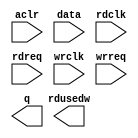
module Sdram_WR_FIFO (
	aclr,
	data,
	rdclk,
	rdreq,
	wrclk,
	wrreq,
	q,
	rdusedw);

	input	  aclr;
	input	[31:0]  data;
	input	  rdclk;
	input	  rdreq;
	input	  wrclk;
	input	  wrreq;
	output	[31:0]  q;
	output	[9:0]  rdusedw;
`ifndef ALTERA_RESERVED_QIS
// synopsys translate_off
`endif
	tri0	  aclr;
`ifndef ALTERA_RESERVED_QIS
// synopsys translate_on
`endif

endmodule